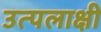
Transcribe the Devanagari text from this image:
उत्पलाक्षी